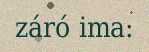
záró ima: